Civil Veterinary Dept. Bombay admin report 1932-41 - 1932-1941
Year: 1932
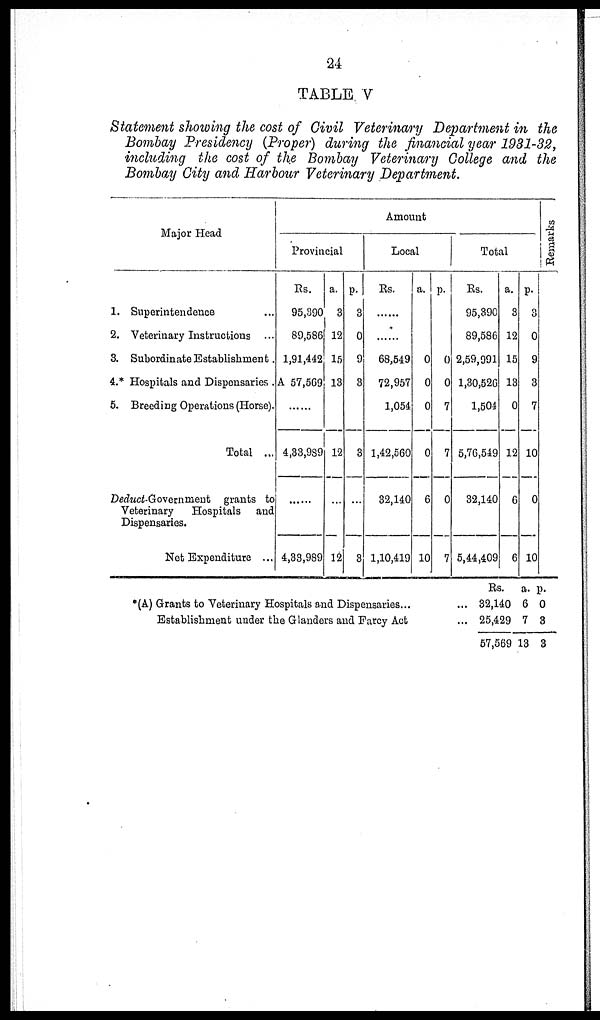
24
TABLE V
Statement showing the cost of Civil Veterinary Department in the
Bombay Presidency (Proper) during the financial year 1931-32,
including the cost of the Bombay Veterinary College and the
Bombay City and Harbour Veterinary Department.
Major Head
1. Superintendence ...
2. Veterinary Instructions ...
3. Subordinate Establishment .
4.* Hospitals and Dispensaries .
5. Breeding Operations (Horse).
Total ...
Deduct-Government grants to
Veterinary
Hospitals
and
Dispensaries.
Net Expenditure ...
Amount
Provincial
Rs.
95,390
89,586
1,91,442
A 57,569
......
4,33,989
......
4,33,989
a.
3
12
15
13
12
...
12
p.
3
0
9
3
3
...
3
Local
Rs.
......
......
68,549
72,957
1,054
1,42,560
32,140
1,10,419
a.
0
0
0
0
6
10
p.
0
0
7
7
0
7
Total
Rs.
95,390
89,586
2,59,991
1,30,526
1,504
5,76,549
32,140
5,44,409
a.
3
12
15
13
0
12
6
6
p.
3
0
9
3
7
10
0
10
Remarks
*(A) Grants to Veterinary Hospitals and Dispensaries... ...
Establishment under the Glanders and Farcy Act ...
Rs.
32,140
25,429
57,569
a.
6
7
13
p.
0
3
3